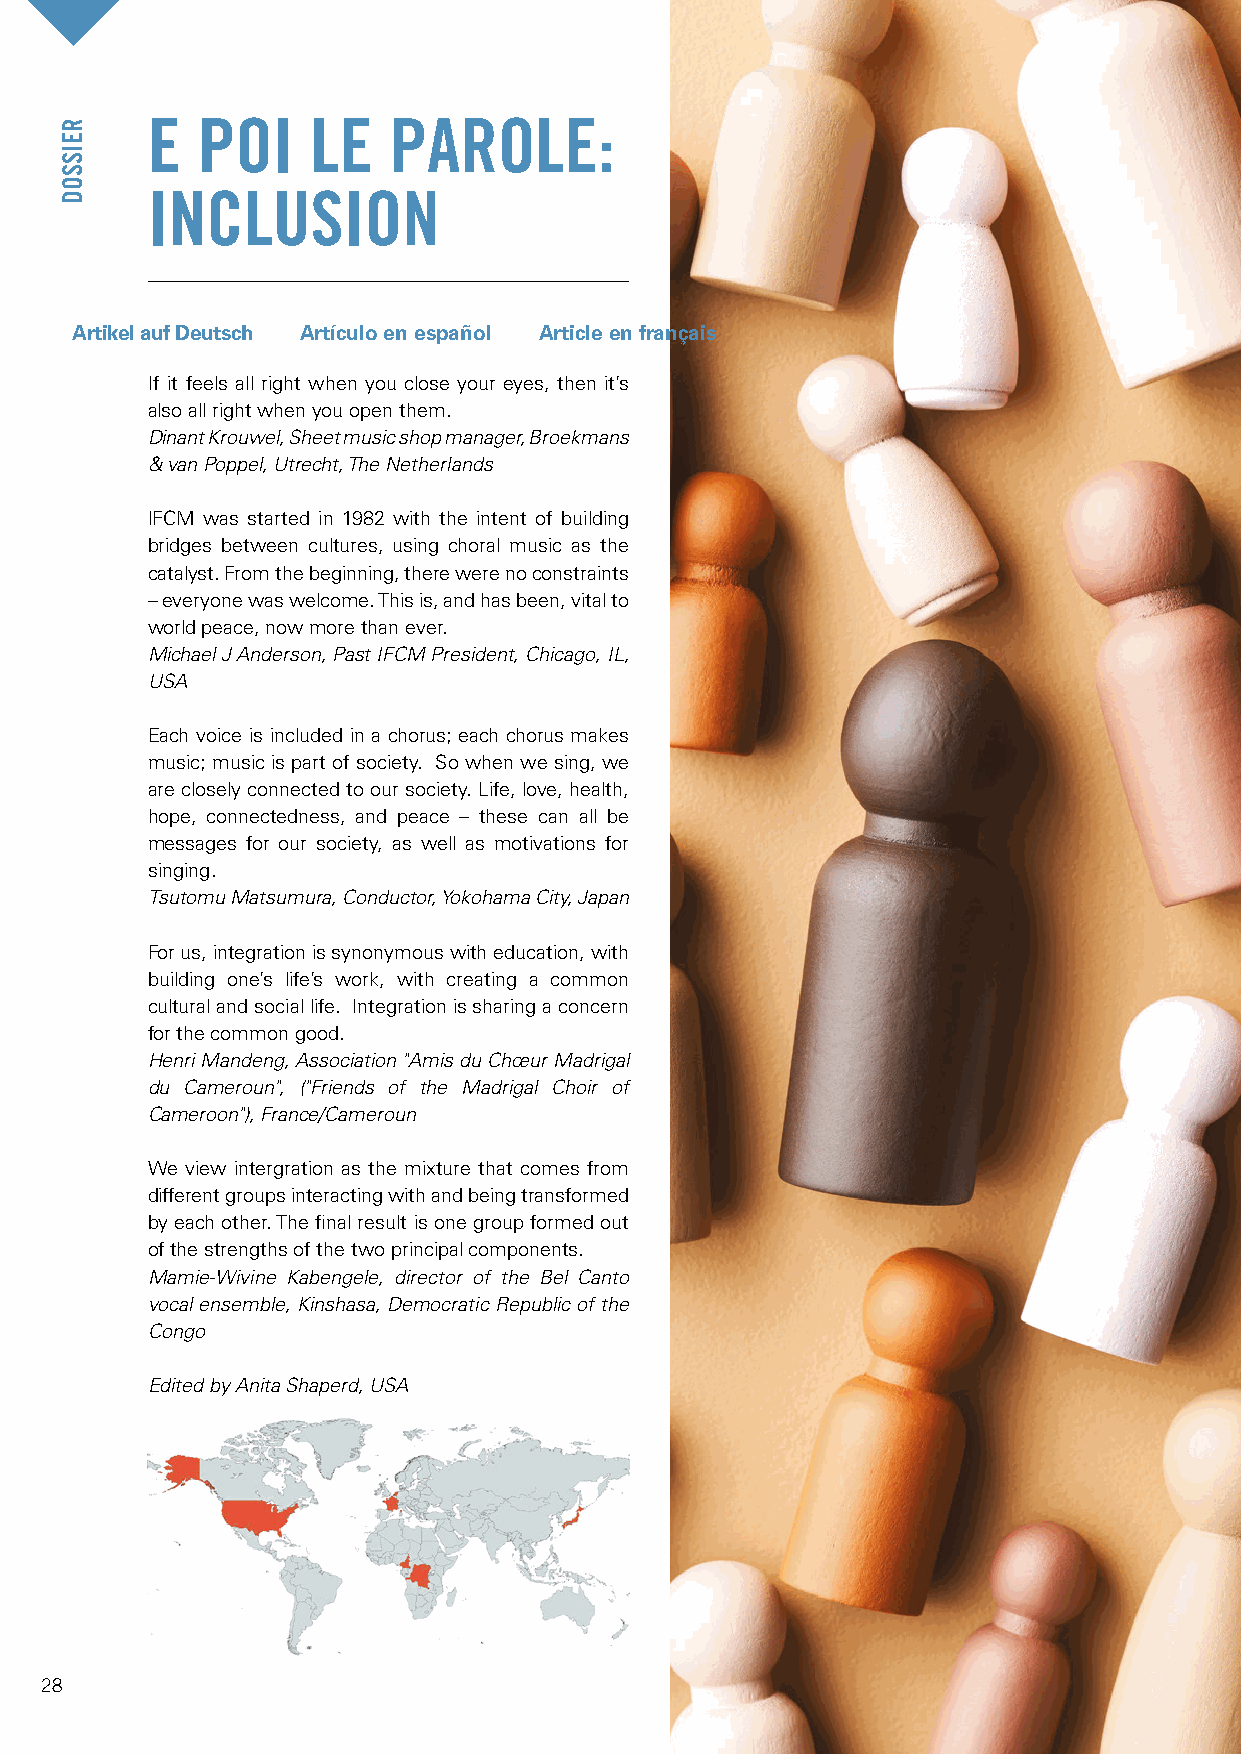
E  POI     LE   PAROLE:
 INCLUSION
 Artikel auf Deutsch Artículo en español Article en français
 If it feels all right when you close your eyes, then it’s
 also all right when you open them.
 Dinant Krouwel, Sheet music shop manager, Broekmans
 & van Poppel, Utrecht, The Netherlands
 IFCM was started in 1982 with the intent of building
 bridges between cultures, using choral music as the
 catalyst. From the beginning, there were no constraints
 –everyone was welcome. This is, and has been, vital to
 world peace, now more than ever.
 Michael J Anderson, Past IFCM President, Chicago, IL,
 USA
 Each voice is included in a chorus; each chorus makes
 music; music is part of society. So when we sing, we
 are closely connected to our society. Life, love, health,
 hope, connectedness, and peace – these can all be
 messages for our society, as well as motivations for
 singing.
 Tsutomu Matsumura, Conductor, Yokohama City, Japan
 For us, integration is synonymous with education, with
 building one’s life’s work, with creating a common
 cultural and social life. Integration is sharing a concern
 for the common good.
 Henri Mandeng, Association "Amis du Chœur Madrigal
 du Cameroun", ("Friends of the Madrigal Choir of
 Cameroon"), France/Cameroun
 We view intergration as the mixture that comes from
 different groups interacting with and being transformed
 by each other. The final result is one group formed out
 of the strengths of the two principal components.
 Mamie-Wivine Kabengele, director of the Bel Canto
 vocal ensemble, Kinshasa, Democratic Republic of the
 Congo
 Edited by Anita Shaperd, USA
 28
 REISSOD